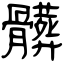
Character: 髒